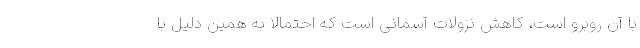
با آن روبرو است، کاهش نزولات آسمانی است که احتمالا به همین دلیل با